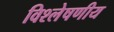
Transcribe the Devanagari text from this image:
विश्लेषणीय